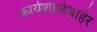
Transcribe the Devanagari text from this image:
कार्यशाळेबाहेर